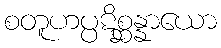
စတူဟပ္ပဋိစ္ဆန္နာယော